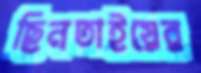
ছিনতাইয়ের